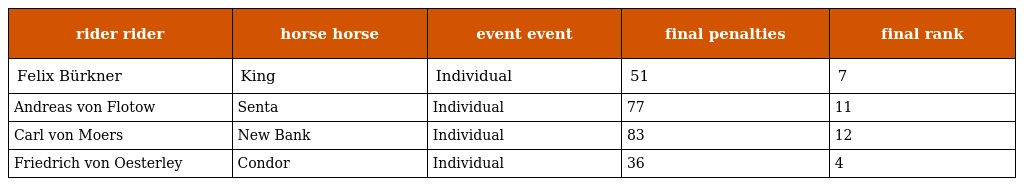
| rider rider | horse horse | event event | final penalties | final rank |
 | --- | --- | --- | --- | --- |
 | Felix Bürkner | King | Individual | 51 | 7 |
 | Andreas von Flotow | Senta | Individual | 77 | 11 |
 | Carl von Moers | New Bank | Individual | 83 | 12 |
 | Friedrich von Oesterley | Condor | Individual | 36 | 4 |